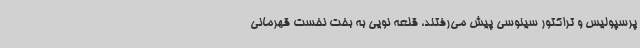
پرسپولیس و تراکتور سینوسی پیش می‌رفتند، قلعه نویی به بخت نخست قهرمانی